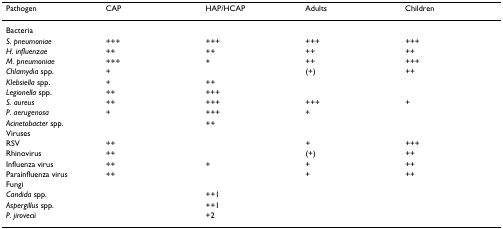
<table><thead><tr><td><b>Pathogen</b></td><td><b>CAP</b></td><td><b>HAP/HCAP</b></td><td><b>Adults</b></td><td><b>Children</b></td></tr></thead><tbody><tr><td>Bacteria</td><td></td><td></td><td></td><td></td></tr><tr><td><i>S. pneumoniae</i></td><td>+++</td><td>+++</td><td>+++</td><td>+++</td></tr><tr><td><i>H. influenzae</i></td><td>++</td><td>++</td><td>++</td><td>++</td></tr><tr><td><i>M. pneumoniae</i></td><td>+++</td><td>+</td><td>++</td><td>+++</td></tr><tr><td><i>Chlamydia </i>spp.</td><td>+</td><td></td><td>(+)</td><td>++</td></tr><tr><td><i>Klebsiella </i>spp.</td><td>+</td><td>++</td><td></td><td></td></tr><tr><td><i>Legionella </i>spp.</td><td>++</td><td>+++</td><td></td><td></td></tr><tr><td><i>S. aureus</i></td><td>++</td><td>+++</td><td>+++</td><td>+</td></tr><tr><td><i>P. aerugenosa</i></td><td>+</td><td>+++</td><td>+</td><td></td></tr><tr><td><i>Acinetobacter </i>spp.</td><td></td><td>++</td><td></td><td></td></tr><tr><td>Viruses</td><td></td><td></td><td></td><td></td></tr><tr><td>RSV</td><td>++</td><td></td><td>+</td><td>+++</td></tr><tr><td>Rhinovirus</td><td>++</td><td></td><td>(+)</td><td>++</td></tr><tr><td>Influenza virus</td><td>++</td><td>+</td><td>+</td><td>++</td></tr><tr><td>Parainfluenza virus</td><td>++</td><td></td><td>+</td><td>++</td></tr><tr><td>Fungi</td><td></td><td></td><td></td><td></td></tr><tr><td><i>Candida </i>spp.</td><td></td><td>++1</td><td></td><td></td></tr><tr><td><i>Aspergillus </i>spp.</td><td></td><td>++1</td><td></td><td></td></tr><tr><td><i>P. jirovecii</i></td><td></td><td>+2</td><td></td><td></td></tr></tbody></table>